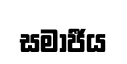
සමාජීය